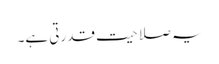
یہ صلاحیت قدرتی ہے۔